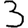
Digit: 3